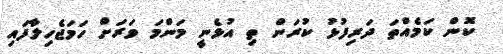
ކޮން ކަމެއްތަ ދަރިފުޅު ކުރަން ތި އުޅެނީ މަންމަ ވަރަށް ހަމަޖެހިލާފައި